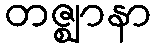
တဇ္ဈာနာ